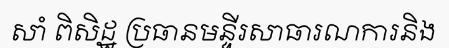
សាំ ពិសិដ្ឋ ប្រធានមន្ទីរសាធារណការនិង